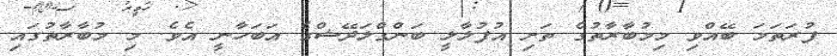
ފުރަތަމަ ބޭއްވި މިމުބާރާތުގެ ތަށި އުފުލާލީ ބަންގްލަދޭޝްގެ އަބަހާނީ އެވެ. މި މުބާރާތުގައި